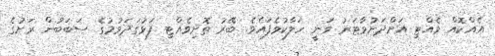
އެއްކޮއް ވެއްޓި އަށްދަށުވާޓަރު ވަނީ ހަލާކުވެފައެވެ. ބޭރު ތޮށިވެއްޓި ފަޅުގަދަވުމުގެ ސަބަބުން ރަށުގެ